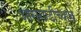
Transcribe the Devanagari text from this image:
आगगाडीच्याच